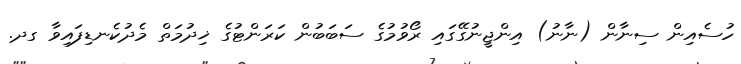
ހުސެއިން ސިނާން (ނާނު) އިންޖީނުގޭގައި ރޯވުމުގެ ސަބަބުން ކަރަންޓުގެ ޚިދުމަތް މެދުކެނޑިފައިވާ ގދ.